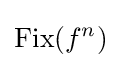
\operatorname {Fix} (f^{n})